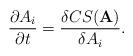
LaTeX: \begin{align*}\frac{\partial A_{i}}{\partial t}=\frac{\delta CS(\mathbf{A})}{\delta A_{i}}.\end{align*}